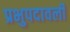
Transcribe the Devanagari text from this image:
प्रभुपदावली